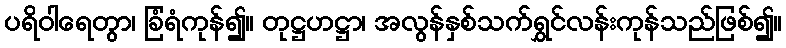
ပရိဝါရေတွာ၊ ခြံရံကုန်၍။ တုဋ္ဌဟဋ္ဌာ၊ အလွန်နှစ်သက်ရွှင်လန်းကုန်သည်ဖြစ်၍။